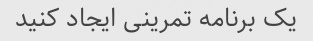
یک برنامه تمرینی ایجاد کنید